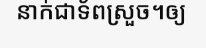
នាក់ជាទ័ពស្រួច។ឲ្យ